King Institute of Preventive Medicine Bacteriolog. Section reports 1907-08
Year: 1907
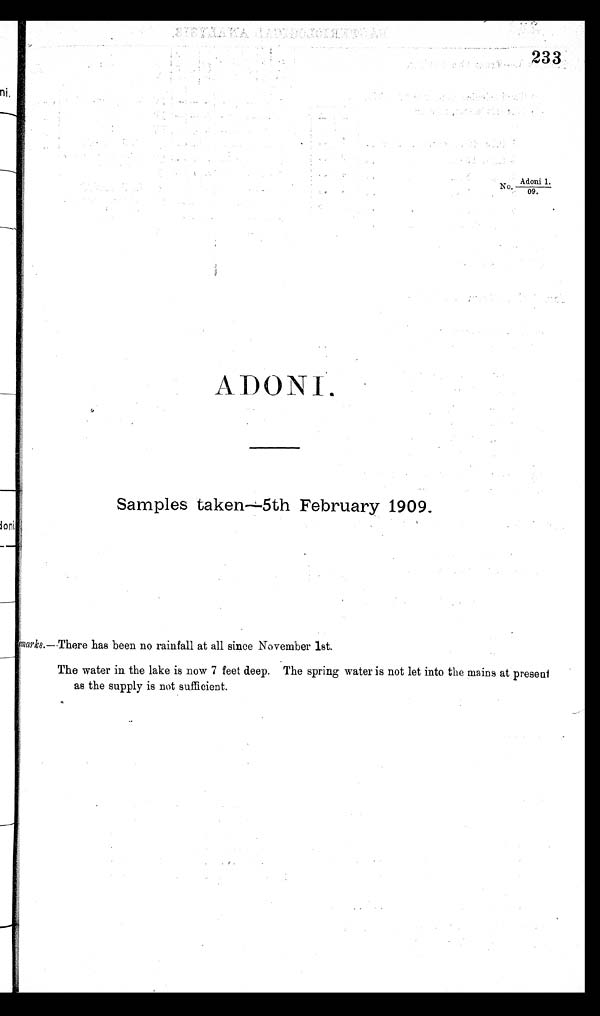
233
No. Adoni 1.
/09.
ADONI.
Samples taken—5th February 1909.
Remarks..— There has been no rainfall at all since November 1st.
The water in the lake is now 7 feet deep. The spring water is not let into the mains at present
as the supply is not sufficient.